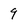
Character: 9